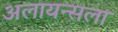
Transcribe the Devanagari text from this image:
अलायन्सला